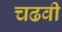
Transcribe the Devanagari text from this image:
चढवी